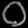
Digit: ၀